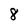
Character: 8